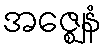
အဇ္ဈေနံ